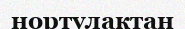
нортулактан